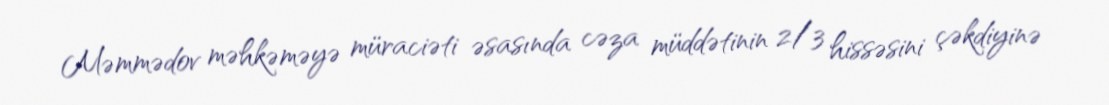
Məmmədov məhkəməyə müraciəti əsasında cəza müddətinin 2/3 hissəsini çəkdiyinə